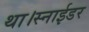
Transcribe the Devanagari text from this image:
था।स्नाईडर